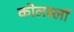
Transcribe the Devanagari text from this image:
कोलस्लॉ